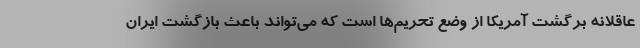
عاقلانه برگشت آمریکا از وضع تحریم‌ها است که می‌تواند باعث بازگشت ایران